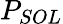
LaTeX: P_{SOL}